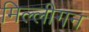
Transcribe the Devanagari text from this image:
मिल्लीगन